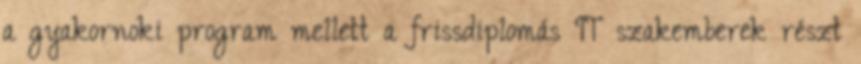
a gyakornoki program mellett a frissdiplomás IT szakemberek részt